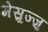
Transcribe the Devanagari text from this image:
मेस्र्रज्जु